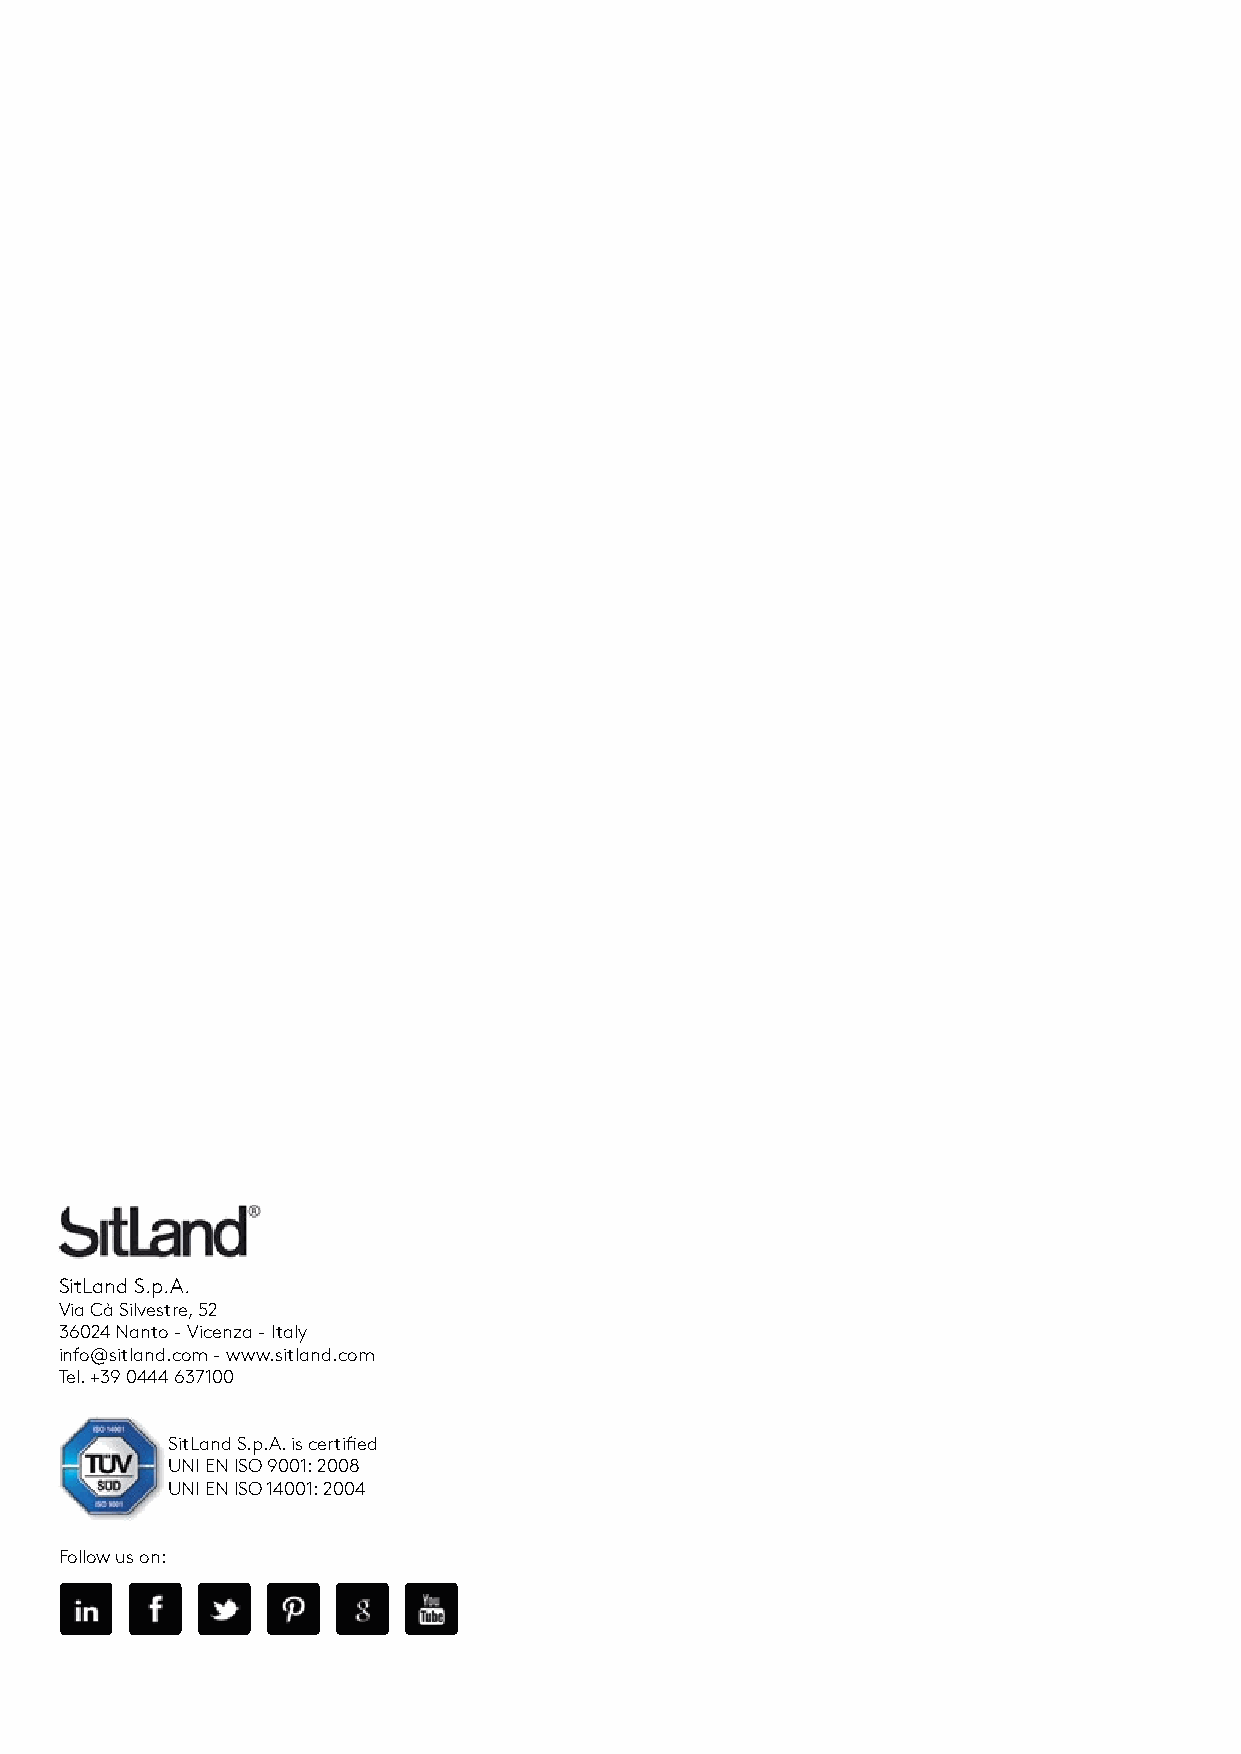
SitLand S.p.A.
 Via Cà Silvestre, 52
 36024 Nanto - Vicenza - Italy
 info@sitland.com - www.sitland.com
 Tel. +39 0444 637100
 SitLand S.p.A. is certified
 UNI EN ISO 9001: 2008
 UNI EN ISO 14001: 2004
 Follow us on: